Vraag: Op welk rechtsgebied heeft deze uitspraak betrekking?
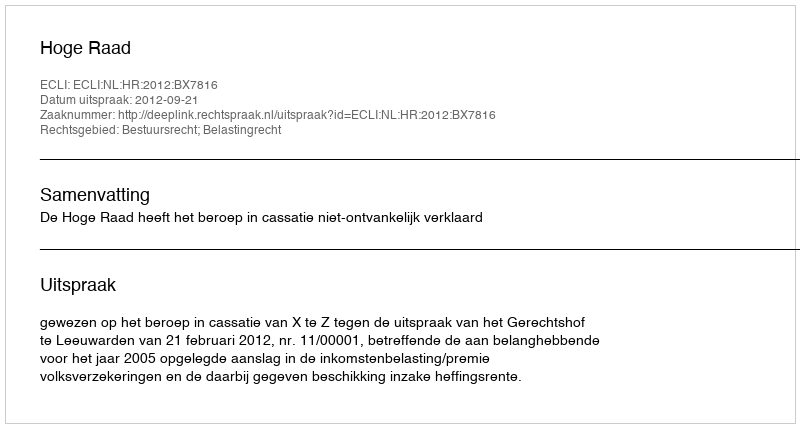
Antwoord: Bestuursrecht; Belastingrecht